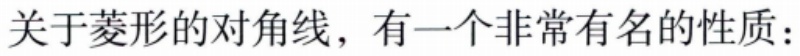
关于菱形的对角线，有一个非常有名的性质：